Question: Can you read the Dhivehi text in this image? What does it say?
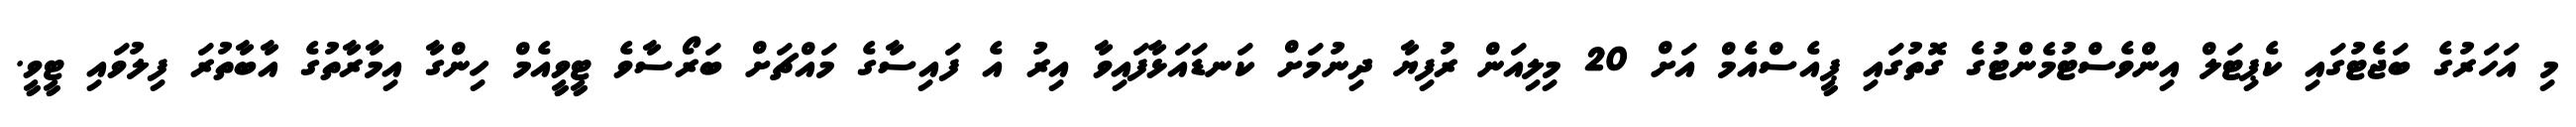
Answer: މި އަހަރުގެ ބަޖެޓުގައި ކެޕިޓަލް އިންވެސްޓުމެންޓުގެ ގޮތުގައި ޕީއެސްއެމް އަށް 20 މިލިއަން ރުފިޔާ ދިނުމަށް ކަނޑައަޅާފައިވާ އިރު އެ ފައިސާގެ މައްޗަށް ބަރޯސާވެ ޓީވީއެމް ހިންގާ އިމާރާތުގެ އާބާތުރަ ފިލުވައި ޓީވީ.